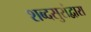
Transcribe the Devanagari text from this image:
शब्दसुरांद्वारा